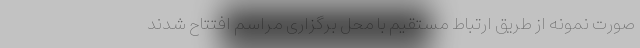
صورت نمونه از طریق ارتباط مستقیم با محل برگزاری مراسم افتتاح شدند